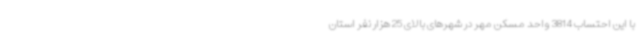
با این احتساب 3814 واحد مسکن مهر در شهرهای بالای 25 هزار نفر استان